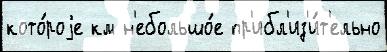
кото́роjе км н'ебольшо́е пр'ибл'из'и́т'ельно